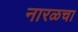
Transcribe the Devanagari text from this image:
नारळचा